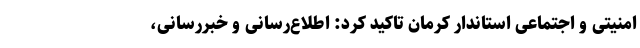
امنیتی و اجتماعی استاندار کرمان تاکید کرد: اطلاع‌رسانی و خبررسانی،